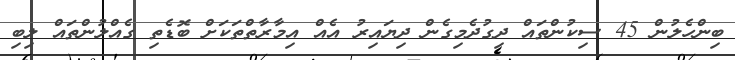
ބިންހެލުން 45 ސިކުންތައް ދިގުދެމިގެން ދިޔައިރު އެއް އިމާރާތްތަކަށް ބޮޑެތި ގެއްލުންތައް ލިބި